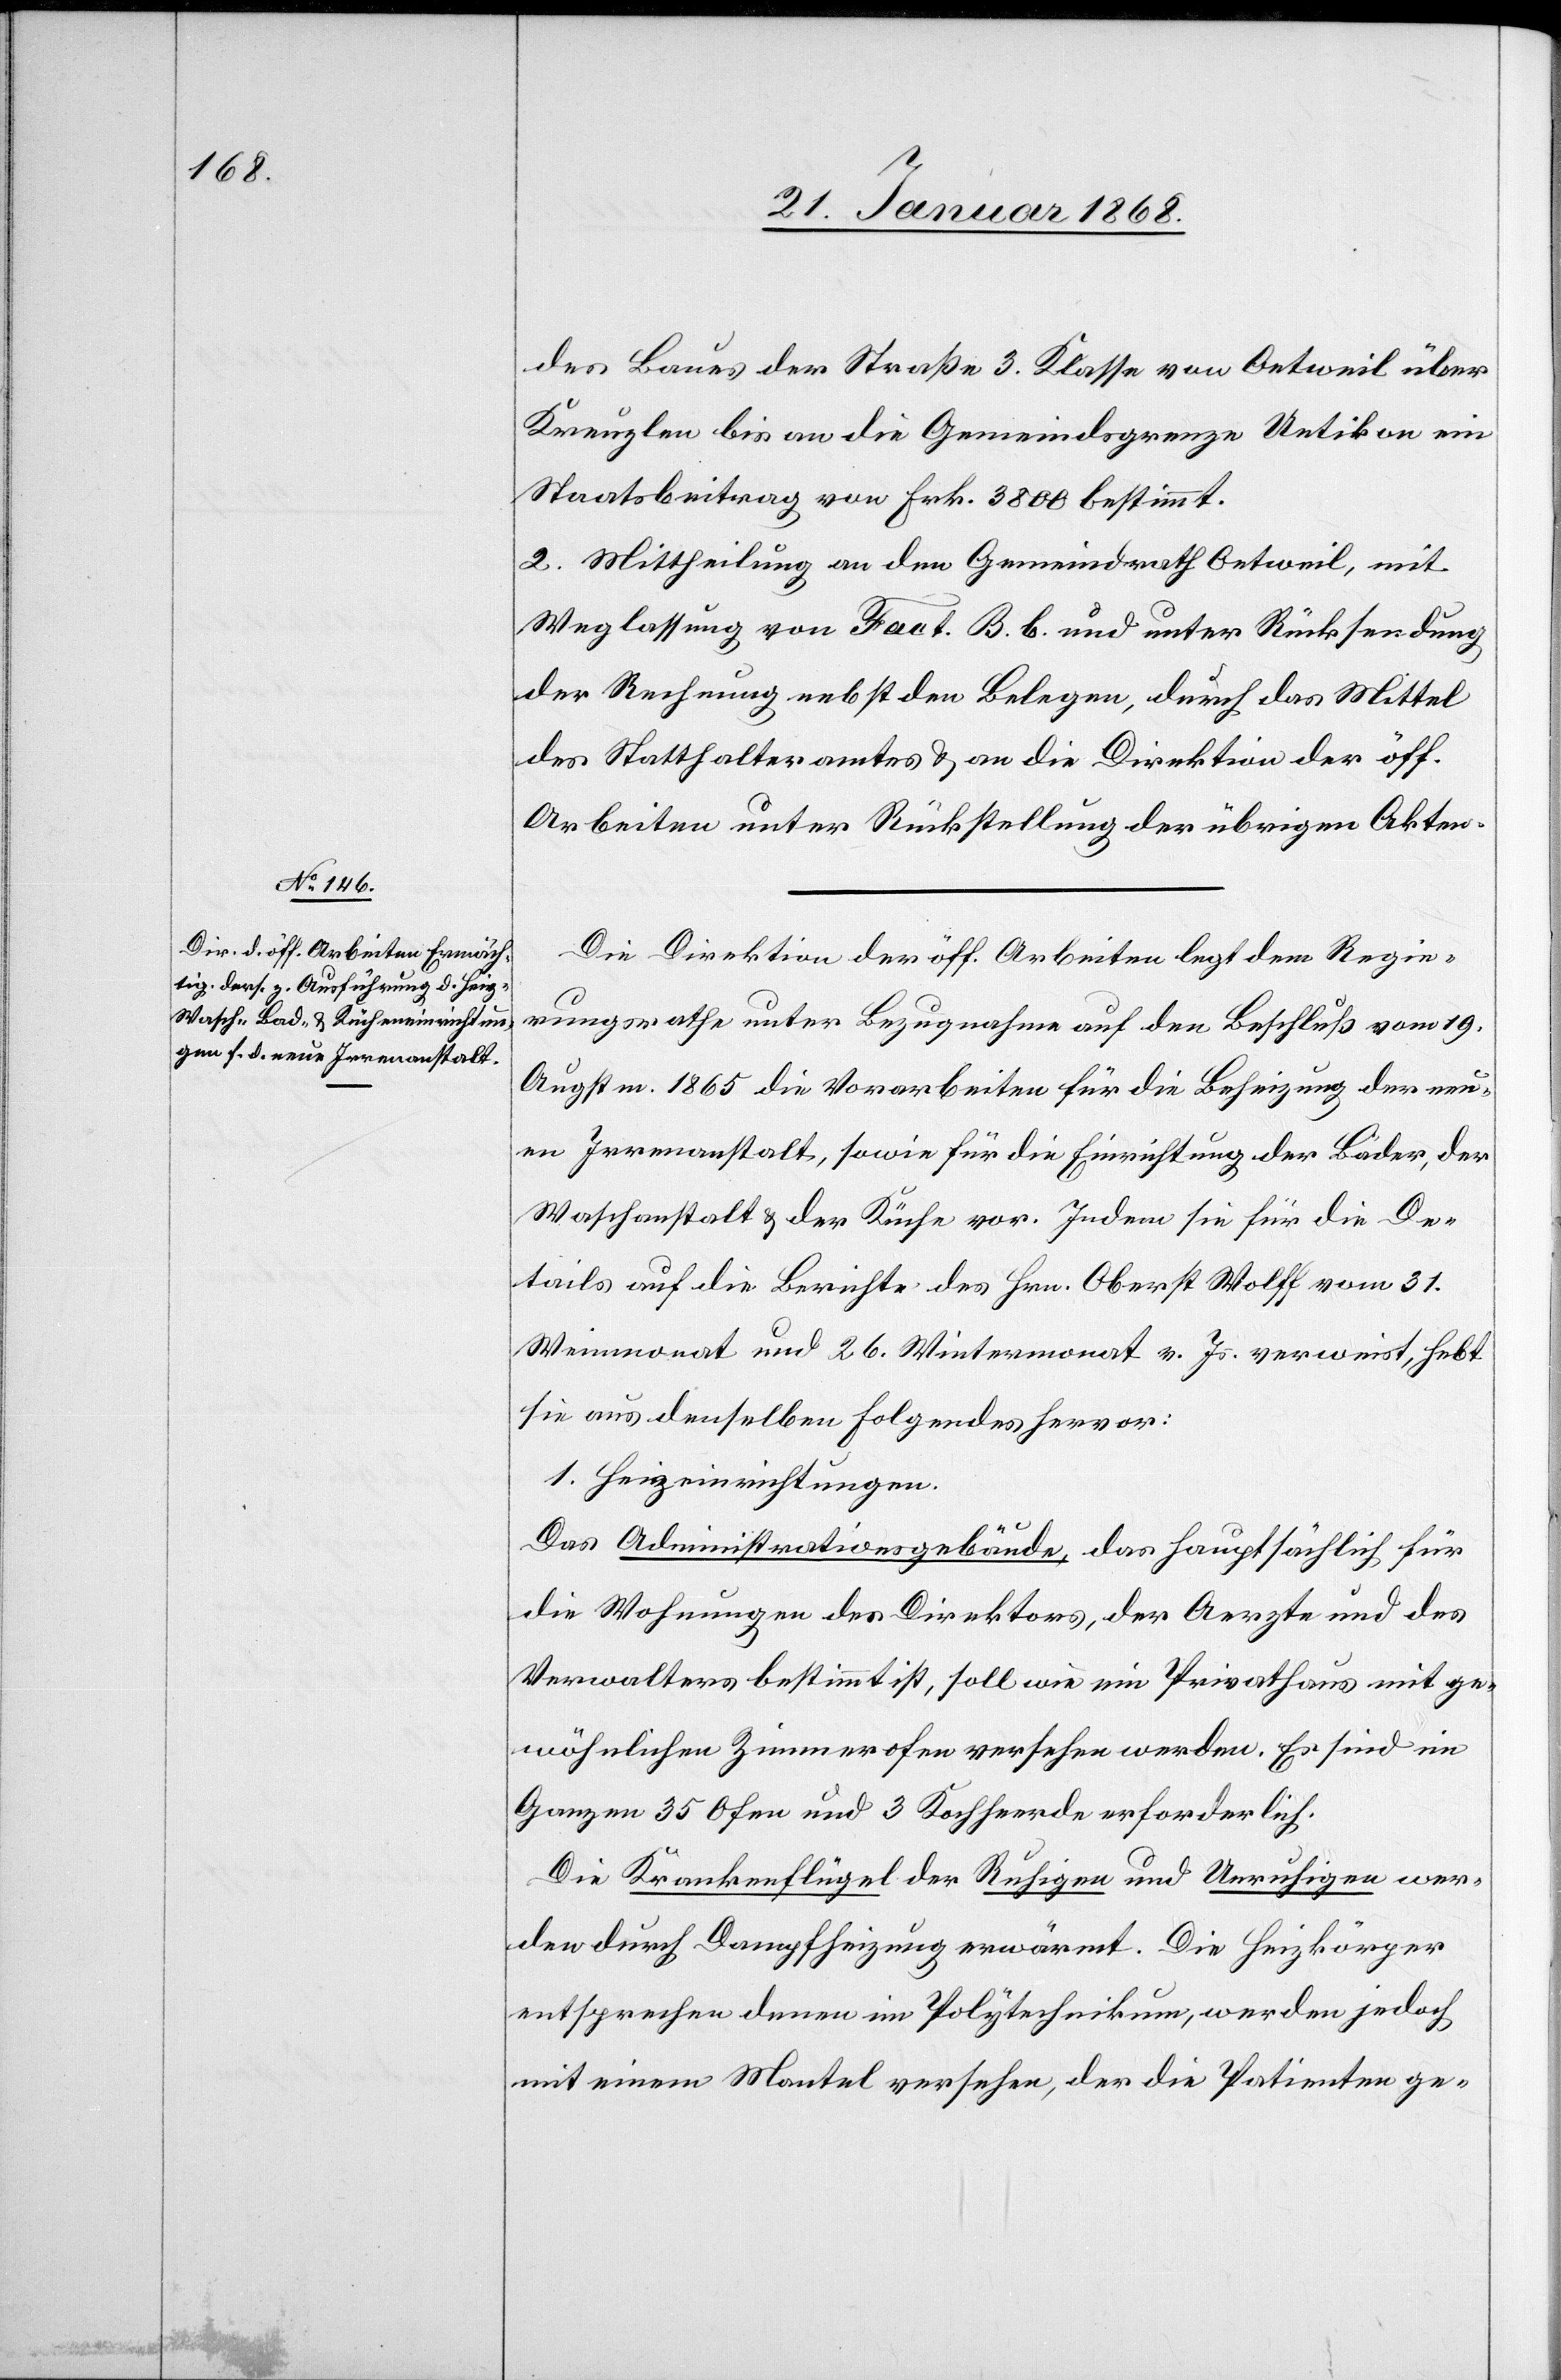
des Baues der Straße 3. Klasse von Oetweil über
Kreuzlen bis an die Gemeindsgrenze Uetikon ein
Staatsbeitrag von Frk. 3800 bestimmt.
2. Mittheilung an den Gemeindrath Oetweil, mit
Weglassung von Fact. B. b. und unter Rücksendung
der Rechnung nebst den Belegen, durch das Mittel
des Statthalteramtes & an die Direktion der öff.
Arbeiten unter Rückstellung der übrigen Akten.
Die Direktion der öff. Arbeiten legt dem Regie¬
rungsrathe unter Bezugnahme auf den Beschluß vom 19.
Augstm. 1865 die Vorarbeiten für die Beheizung der neu¬
en Irrenanstalt, sowie für die Einrichtung der Bäder, der
Waschanstalt & der Küche vor. Indem sie für die De¬
tails auf die Berichte des Hrn. Oberst Wolff vom 31.
Weinmonat und 26. Wintermonat v. Js. verweist, hebt
sie aus denselben Folgendes hervor:
1. Heizeinrichtungen.
Das Administrationsgebäude, das hauptsächlich für
die Wohnungen des Direktors, der Aerzte und des
Verwalters bestimmt ist, soll wie ein Privathaus mit ge¬
wöhnlichen Zimmerofen versehen werden. Es sind im
Ganzen 35 Ofen und 3 Kochheerde erforderlich.
Die Krankenflügel der Ruhigen und Unruhigen wer¬
den durch Dampfheizung erwärmt. Die Heizkörper
entsprechen denen im Polytechnikum, werden jedoch
mit einem Mantel versehen, der die Patienten ge-